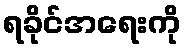
ရခိုင်အရေးကို